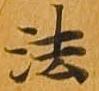
法